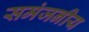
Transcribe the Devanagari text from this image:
समंजनीय